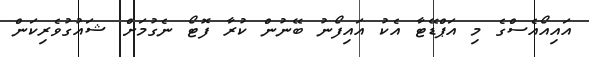
އައިއޯއެސްގެ މި އަޕްޑޭޓާ އެކު އައިފޯނު ބޭނުން ކުރާ ފޮޓޯ ނެގުމަށް ޝައުގުވެރިކަން